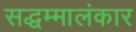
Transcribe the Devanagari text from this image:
सद्धम्मालंकार